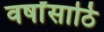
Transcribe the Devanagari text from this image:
वर्षांसाठि